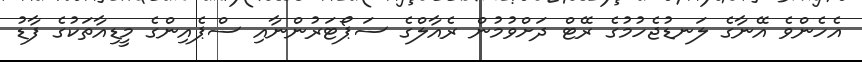
އެހެންވެ އޭނާގެ ލަނޑުޖެހުމުގެ ރޭޓް ދަށްވުމުން ރެއާލްގެ ސަޕޯޓަރުންނާއި ސްޕެއިންގެ މީޑިއާތަކުގެ ފާޑު